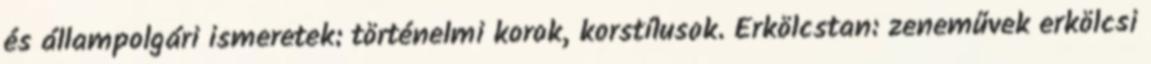
és állampolgári ismeretek: történelmi korok, korstílusok. Erkölcstan: zeneművek erkölcsi